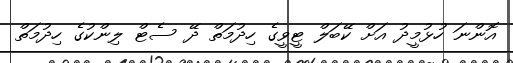
އޮންނަ ހުޅުމީދު އަށް ކޭބަލް ޓީވީގެ ހިދުމަތް ދޭ ސެޓް ލިންކުގެ ހިދުމަތް